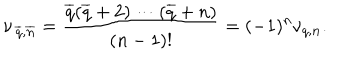
LaTeX: \nu _ { \, \overline { { q } } , \overline { { { \bf n } } } } = { \frac { \overline { { q } } ( \overline { { q } } + 2 ) \cdots ( \overline { { q } } + n ) } { ( n - 1 ) ! } } = ( - 1 ) ^ { n } \nu _ { q , { \bf n } } .